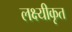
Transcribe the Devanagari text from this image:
लक्ष्यीकृत